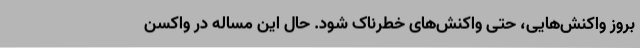
بروز واکنش‌هایی، حتی واکنش‌های خطرناک شود. حال این مساله در واکسن